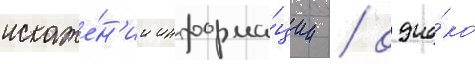
искаже́н'ии информа́ции / одна́ко